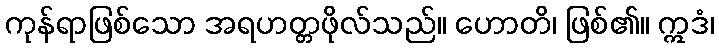
ကုန်ရာဖြစ်သော အရဟတ္တဖိုလ်သည်။ ဟောတိ၊ ဖြစ်၏။ ဣဒံ၊